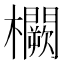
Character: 𭬸